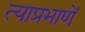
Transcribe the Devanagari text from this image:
त्याप्रभाणें